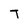
Character: T